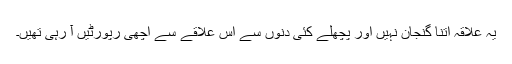
یہ علاقہ اتنا گنجان نہیں اور پچھلے کئی دنوں سے اس علاقے سے اچھی رپورٹیں آ رہی تھیں۔